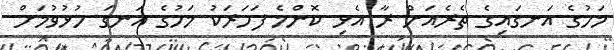
މަހުގެ އަނގައިގެ ތެރެއަށް ރާ އެޅި ކޮންމެ ފަހަަރަކު މަހުގެ އަނގަ ހުޅުވުމަށް